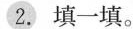
2.填一填。